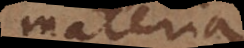
materia